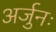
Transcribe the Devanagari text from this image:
अर्जुनः